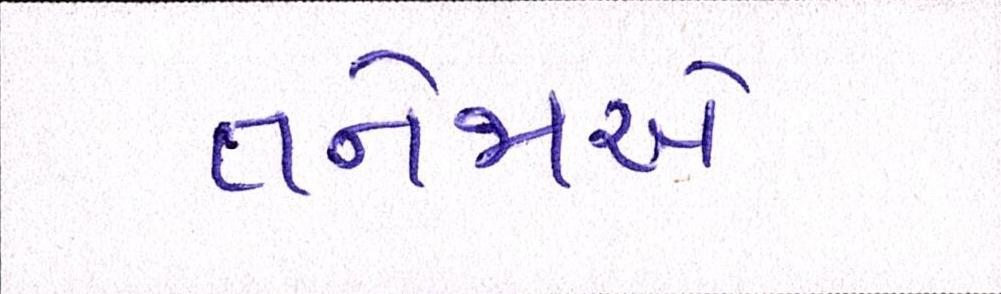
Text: તનેજાએ